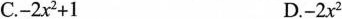
C.$$-2x^{2}+1$$ D.$$-2x^{2}$$